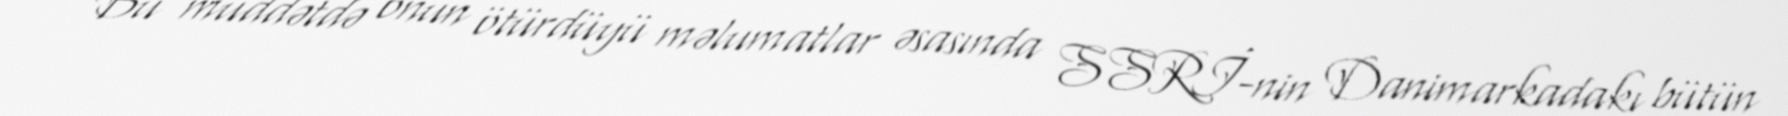
Bu müddətdə onun ötürdüyü məlumatlar əsasında SSRİ-nin Danimarkadakı bütün